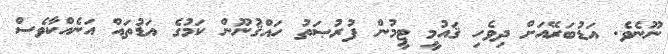
ނޫނެވެ. އަޑުބަރޭއަށް ދިވެހި ޤައުމީ ޓީމުން ފުރުޞަތު ހައްޤުނޫން ކަމުގެ އަޑުތައް އަނެއްކާވެސް